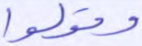
وقولوا